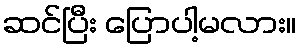
ဆင်ပြီး ပြောပါ့မလား။